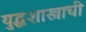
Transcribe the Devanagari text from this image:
युद्धशास्त्राची